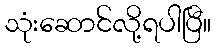
သုံးဆောင်လို့ရပါပြီ။